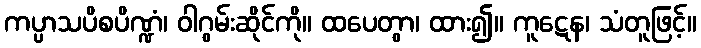
ကပ္ပာသပိစပိဏ္ဍံ၊ ဝါဂွမ်းဆိုင်ကို။ ထပေတွာ၊ ထား၍။ ကူဋေန၊ သံတူဖြင့်။